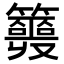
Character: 𥷣